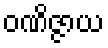
ဝဏိဇ္ဇာယ